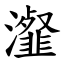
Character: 瀣